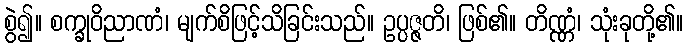
စွဲ၍။ စက္ခုဝိညာဏံ၊ မျက်စိဖြင့်သိခြင်းသည်။ ဥပ္ပဇ္ဇတိ၊ ဖြစ်၏။ တိဏ္ဏံ၊ သုံးခုတို့၏။